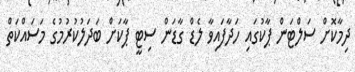
ދިމާކޮށް ސަލްޓަން ޕާކުގައި ހަދާފައިވާ ލެޑް ގާޑަން ސިޓީ ޕާކަށް ބަދަލުކުރުމުގެ މަސައްކަތް